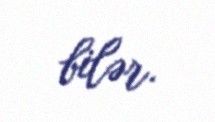
bilər.